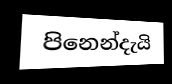
පිනෙන්දැයි